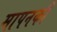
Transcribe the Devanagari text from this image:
मापनकी